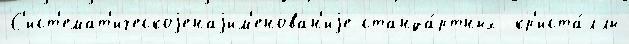
С'ист'емат'ическоjенаjим'енован'иjе станда́ртных  кр'иста́ллы